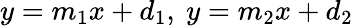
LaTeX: y=m_{1}x+d_{1},\ y=m_{2}x+d_{2}